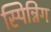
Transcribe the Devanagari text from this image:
स्पिन्निंग